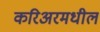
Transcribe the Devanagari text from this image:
करिअरमधील